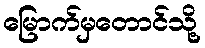
မြောက်မှတောင်သို့